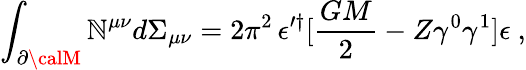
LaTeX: \int_{\partial{\calM}}\mathbb{N}^{\mu\nu}d\Sigma_{\mu\nu}=2\pi^{2}\, \epsilon^{\prime\dagger}[{\frac{{GM}}{{2}}}-Z\gamma^{0}\gamma^{1}]\epsilon\ ,